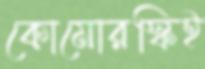
কোমোরস্কিই